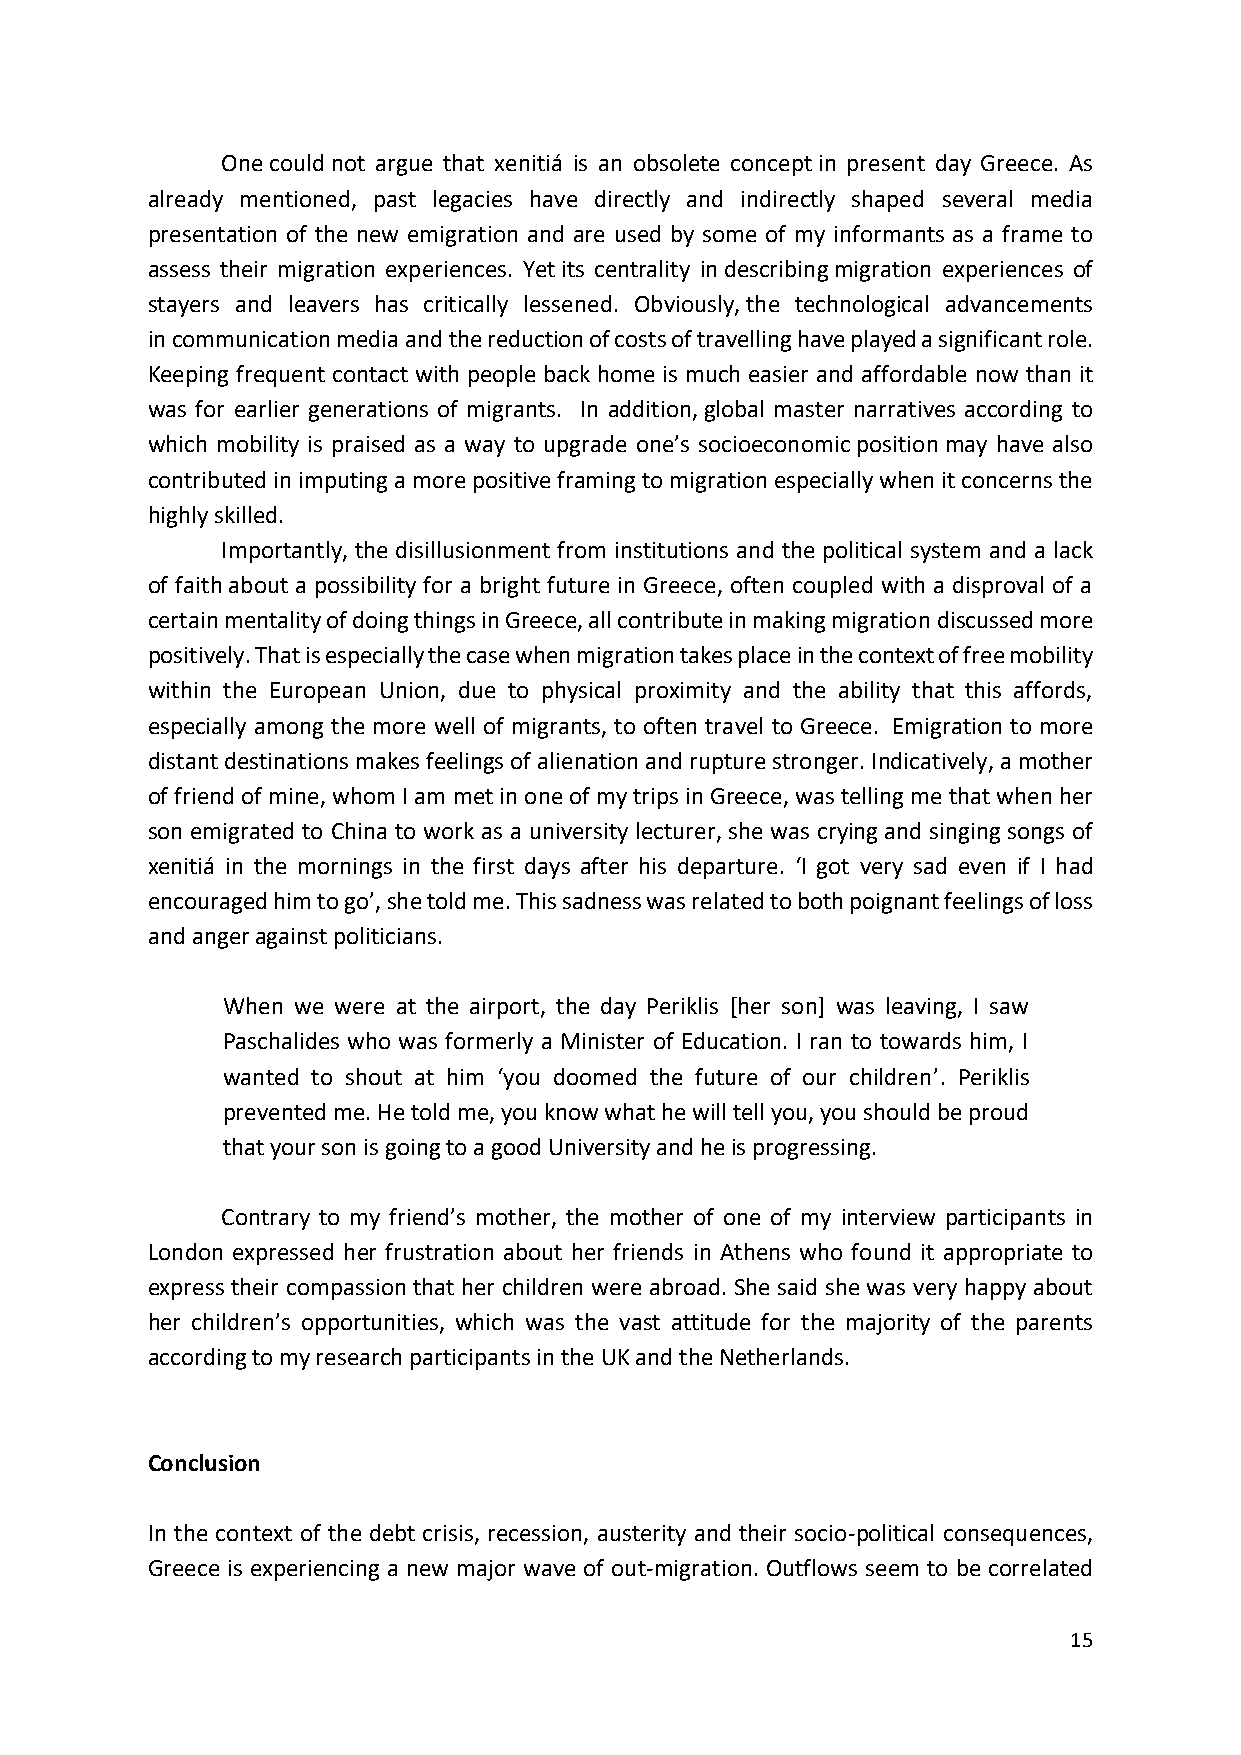
One could not argue that xenitiá is an obsolete concept in present day Greece. As
 already mentioned, past legacies have directly and indirectly shaped several media
 presentation of the new emigration and are used by some of my informants as a frame to
 assess their migration experiences. Yet its centrality in describing migration experiences of
 stayers and leavers has critically lessened. Obviously, the technological advancements
 in communication media and the reduction of costs of travelling have played a significant role.
 Keeping frequent contact with people back home is much easier and affordable now than it
 was for earlier generations of migrants. In addition, global master narratives according to
 which mobility is praised as a way to upgrade one’s socioeconomic position may have also
 contributed in imputing a more positive framing to migration especially when it concerns the
 highly skilled.
 Importantly, the disillusionment from institutions and the political system and a lack
 of faith about a possibility for a bright future in Greece, often coupled with a disproval of a
 certain mentality of doing things in Greece, all contribute in making migration discussed more
 positively. That is especially the case when migration takes place in the context of free mobility
 within the European Union, due to physical proximity and the ability that this affords,
 especially among the more well of migrants, to often travel to Greece. Emigration to more
 distant destinations makes feelings of alienation and rupture stronger. Indicatively, a mother
 of friend of mine, whom I am met in one of my trips in Greece, was telling me that when her
 son emigrated to China to work as a university lecturer, she was crying and singing songs of
 xenitiá in the mornings in the first days after his departure. ‘I got very sad even if I had
 encouraged him to go’, she told me. This sadness was related to both poignant feelings of loss
 and anger against politicians.
 When we were at the airport, the day Periklis [her son] was leaving, I saw
 Paschalides who was formerly a Minister of Education. I ran to towards him, I
 wanted to shout at him ‘you doomed the future of our children’. Periklis
 prevented me. He told me, you know what he will tell you, you should be proud
 that your son is going to a good University and he is progressing.
 Contrary to my friend’s mother, the mother of one of my interview participants in
 London expressed her frustration about her friends in Athens who found it appropriate to
 express their compassion that her children were abroad. She said she was very happy about
 her children’s opportunities, which was the vast attitude for the majority of the parents
 according to my research participants in the UK and the Netherlands.
 Conclusion
 In the context of the debt crisis, recession, austerity and their socio-political consequences,
 Greece is experiencing a new major wave of out-migration. Outflows seem to be correlated
 15